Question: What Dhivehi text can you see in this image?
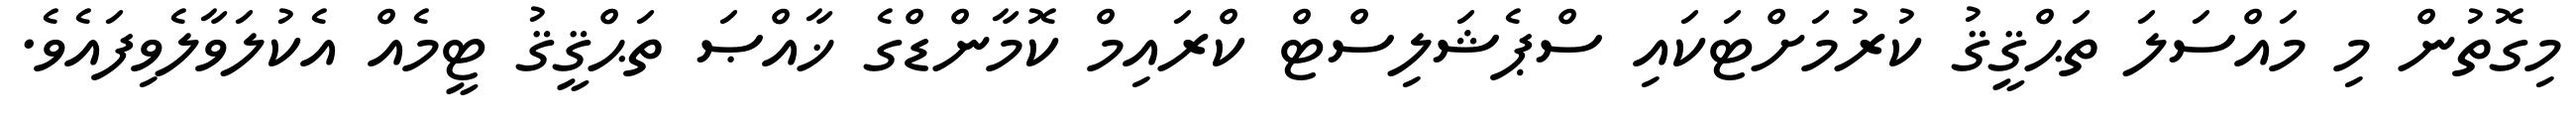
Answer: މިގޮތުން މި މައްސަލަ ތަޙްޤީޤު ކުރުމަށްޓަކައި ސްޕެޝަލިސްޓް ކްރައިމް ކޮމާންޑްގެ ޚާއްޞަ ތަޙްޤީޤު ޓީމެއް އެކުލަވާލެވިފައެވެ.